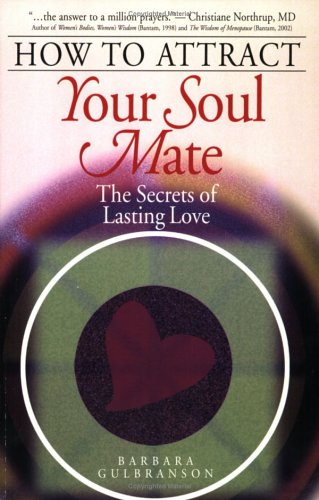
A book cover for How to Attract Your Soul Mate: The Secrets of Lasting Love; Barbara Gulbranson; Self-Help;